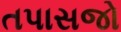
તપાસજો